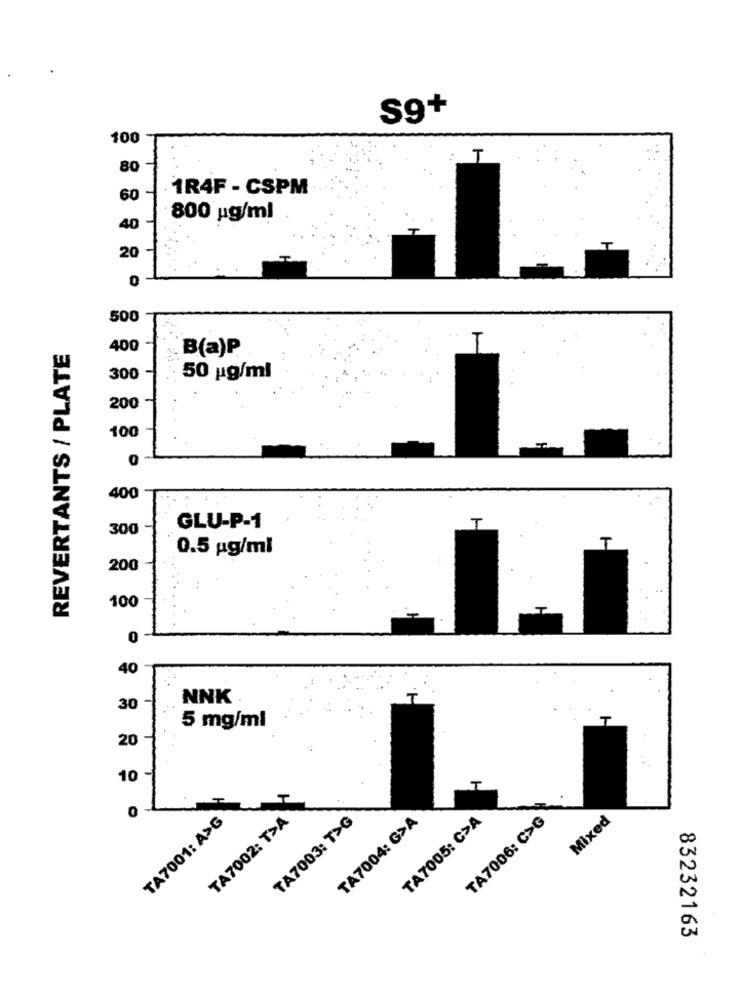
S9+
100
T
80
1R4F - CSPM
60
800 pg/ml
40
20
0
500
T
REVERTANTS / PLATE
400
B(a)P
300
50 ug/ml
200
100
400
300
GLU-P-1
T
T
0.5 pg/ml
200
100
0
40
NNK
30
T
5 mg/ml
20
10 -
0
TA7001: A>G
TA7002: T>A
TA7003: T>G
TA7004: G>A
TA7005: C>A
TA7006: C>G
Mixed
83232163